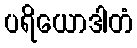
ပရိယောဒါတံ